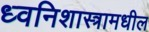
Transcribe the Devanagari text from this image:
ध्वनिशास्त्रामधील